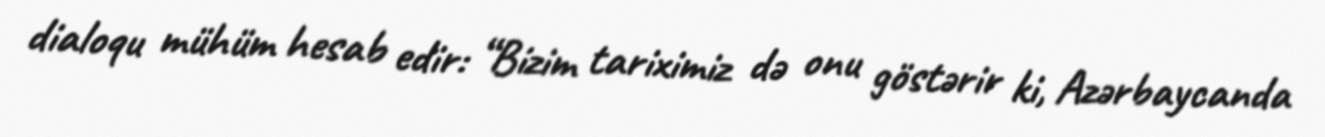
dialoqu mühüm hesab edir: “Bizim tariximiz də onu göstərir ki, Azərbaycanda